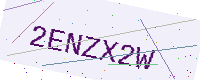
Text: 2ENZX2W